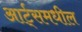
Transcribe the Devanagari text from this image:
आर्ट्‌समधील